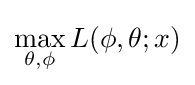
\max _{\theta ,\phi }L(\phi ,\theta ;x)